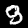
Label: 9